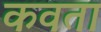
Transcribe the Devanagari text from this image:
कवता